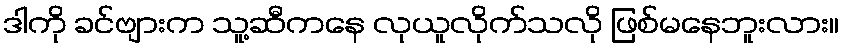
ဒါကို ခင်ဗျားက သူ့ဆီကနေ လုယူလိုက်သလို ဖြစ်မနေဘူးလား။